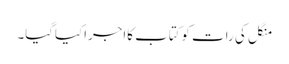
منگل کی رات کوکتاب کااجراکیاگیا۔